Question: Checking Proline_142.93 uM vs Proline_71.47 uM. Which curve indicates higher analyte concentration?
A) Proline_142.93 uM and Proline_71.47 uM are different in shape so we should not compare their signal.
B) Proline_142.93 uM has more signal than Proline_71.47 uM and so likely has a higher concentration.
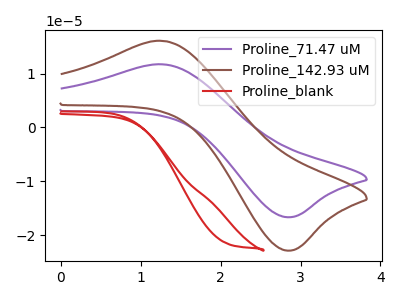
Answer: <think>The purple curve "Proline_71.47 uM" has an anodic peak at (1.30V, 11.70uA) and a cathodic peak at (2.85V, -16.65uA). The brown curve "Proline_142.93 uM" has an anodic peak at (1.30V, 16.05uA) and a cathodic peak at (2.85V, -22.90uA). The red curve "Proline_blank" has no peaks.
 All the peaks in "Proline_142.93 uM" have a peak in "Proline_71.47 uM" at the same potential. Every peak in "Proline_142.93 uM" is higher than every peak in "Proline_71.47 uM".</think>
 <answer>B) "Proline_142.93 uM" has more signal than "Proline_71.47 uM" and so likely has a higher concentration.</answer>
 <eval>B</eval>